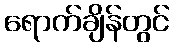
ရောက်ချိန်တွင်